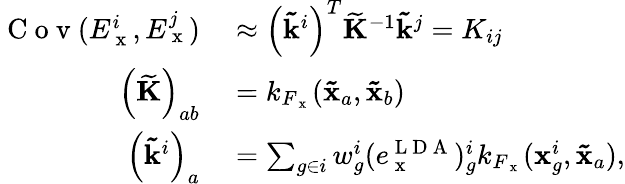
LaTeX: \begin{array}{rl}{\mathrm{~C~o~v~}(E_{\mathrm{~x~}}^{i},E_{\mathrm{~x~}}^{j})}&{{}\approx\left(\mathbf{\tilde{k}}^{i}\right)^{T}\mathbf{\widetilde{K}}^{-1}\mathbf{\tilde{k}}^{j}=K_{ij}}\\ {\left(\mathbf{\widetilde{K}}\right)_{ab}}&{{}=k_{F_{\mathrm{~x~}}}(\mathbf{\tilde{x}}_{a},\mathbf{\tilde{x}}_{b})}\\ {\left(\mathbf{\tilde{k}}^{i}\right)_{a}}&{{}=\sum_{g\in i}w_{g}^{i}(e_{\mathrm{~x~}}^{\mathrm{~L~D~A~}})_{g}^{i}k_{F_{\mathrm{~x~}}}(\mathbf{x}_{g}^{i},\mathbf{\tilde{x}}_{a}),}\end{array}